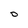
Character: D